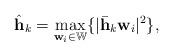
LaTeX: \begin{align*}{\hat{\mathbf{h}}_k} = \max_{\mathbf{w}_i\in\mathbb{W}}\{ |\bar{{\mathbf{h}}}_k \mathbf{w}_i|^2\},\end{align*}